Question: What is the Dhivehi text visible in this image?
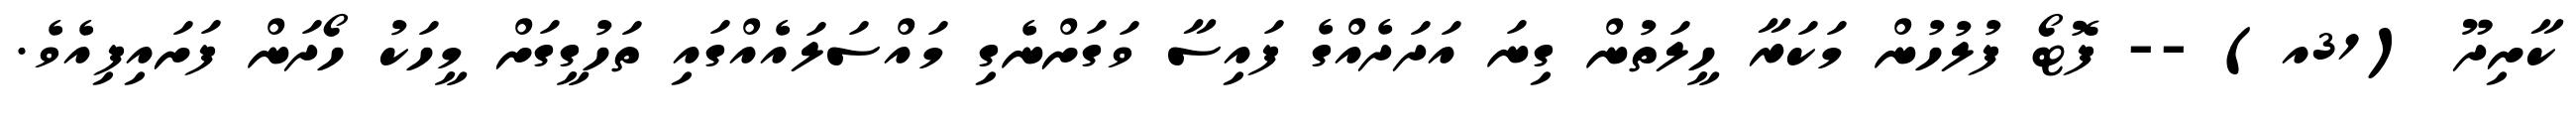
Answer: ކާށިދޫ (31އ) -- ފޮޓޯ ފުލުހުން މަކަރާ ހީލަތުން ގިނަ އަދަދެއްގެ ފައިސާ ވަގަށްނެގި މައްސަލައެއްގައި ތަހުގީގަށް މީހަކު ހޯދަން ފަށައިފިއެވެ.